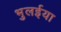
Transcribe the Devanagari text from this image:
भुलईया